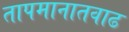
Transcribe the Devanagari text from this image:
तापमानातवाढ